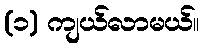
(၁) ကျယ်လာမယ်။